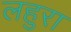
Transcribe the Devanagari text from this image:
लहुरा